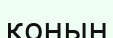
қонын